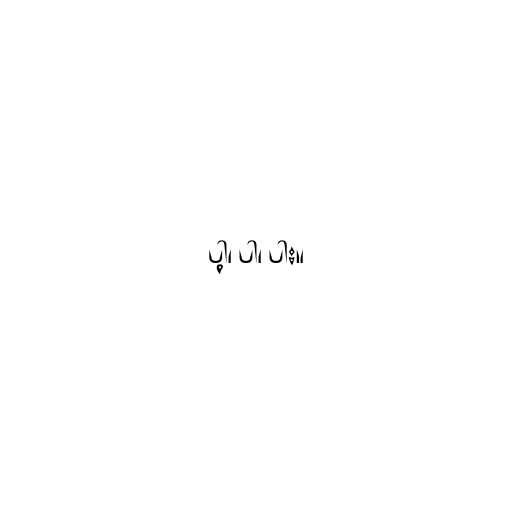
ပါ့၊ ပါ၊ ပါး။